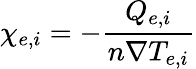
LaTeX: \chi_{e,i}=-\frac{Q_{e,i}}{n\nabla T_{e,i}}